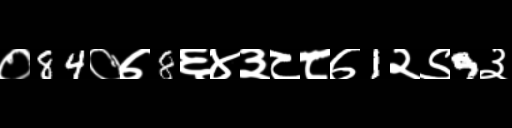
Text: ०84०७8६४३८८७1२९9३